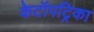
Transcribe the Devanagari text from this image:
केटॉपट्रिका